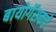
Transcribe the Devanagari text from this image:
बायोगॅसकडे